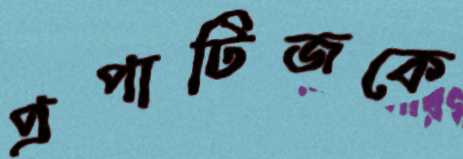
প্রপাটিজকে